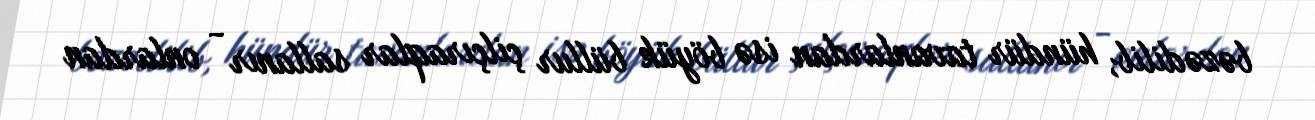
bəzədilib, hündür tavanlardan isə böyük büllur çilçıraqlar sallanır - onlardan